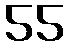
55